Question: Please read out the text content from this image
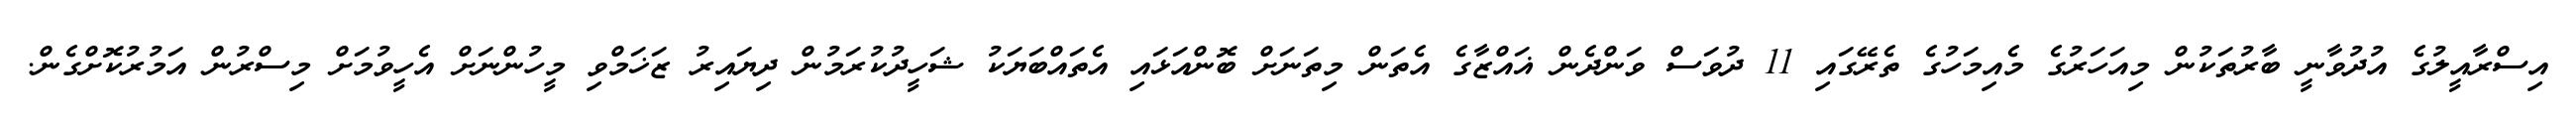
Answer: އިސްރާއީލުގެ އުދުވާނީ ބާރުތަކުން މިއަހަރުގެ މެއިމަހުގެ ތެރޭގައި 11 ދުވަސް ވަންދެން ޣައްޒާގެ އެތަން މިތަނަށް ބޮންއަޅައި އެތައްބަޔަކު ޝަހީދުކުރަމުން ދިޔައިރު ޒަޚަމްވި މީހުންނަށް އެހީވުމަށް މިސްރުން އަމުރުކޮށްގެން.